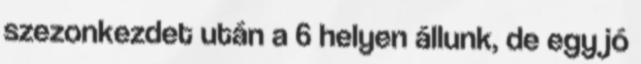
szezonkezdet után a 6 helyen állunk, de egy jó